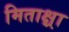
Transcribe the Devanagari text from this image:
मिताक्ष्रा